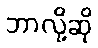
ဘာလို့ဆို